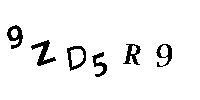
9ZD5R9